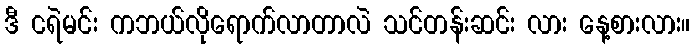
ဒီ ငရဲမင်း ကဘယ်လိုရောက်လာတာလဲ သင်တန်းဆင်း လား နေ့စားလား။